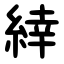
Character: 緈